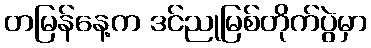
တမြန်နေ့က ဒင်ညုမြစ်တိုက်ပွဲမှာ